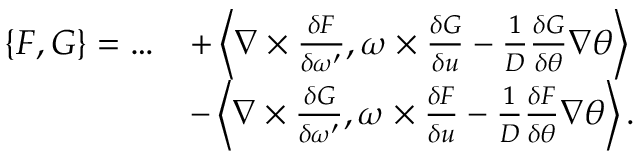
\begin{array} { r l } { \{ F , G \} = \ldots } & { + \left\langle \nabla \times \frac { \delta F } { \delta \omega ^ { \prime } } , \omega \times \frac { \delta G } { \delta u } - \frac { 1 } { D } \frac { \delta G } { \delta \theta } \nabla \theta \right\rangle } \\ & { - \left\langle \nabla \times \frac { \delta G } { \delta \omega ^ { \prime } } , \omega \times \frac { \delta F } { \delta u } - \frac { 1 } { D } \frac { \delta F } { \delta \theta } \nabla \theta \right\rangle . } \end{array}